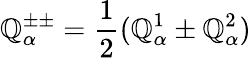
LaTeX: \mathbb{Q}_{\alpha}^{\pm\pm}={\frac{{1}}{{2}}}(\mathbb{Q}_{\alpha}^{1}\pm\mathbb{Q}_{\alpha}^{2})